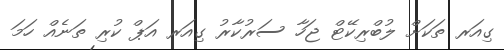
ގިއަރ ތަކަށް ލުބްރިކޭޓް ޖަހާ ސަރުކާރު ގިއަރ އަޕް ކުރި ތަނެއް ހަމަ